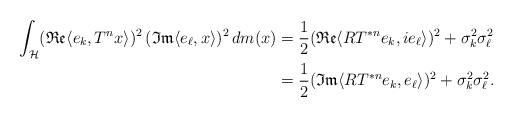
LaTeX: \begin{align*} \int_{\mathcal{H}}(\mathfrak{Re}\langle e_k, T^nx \rangle)^2\,(\mathfrak{Im}\langle e_\ell, x \rangle)^2\, dm(x)&=\frac{1}{2}(\mathfrak{Re}\langle RT^{*n}e_k, ie_\ell \rangle)^2+\sigma_k^2\sigma_\ell^2\\&=\frac{1}{2}(\mathfrak{Im}\langle RT^{*n}e_k, e_\ell \rangle)^2+\sigma_k^2\sigma_\ell^2.\end{align*}